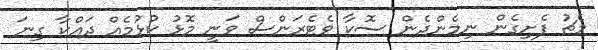
މެޗު ފެށިގެން ނިމެންދެން ސޮކާ ވެޓެރަންސް ވަނީ މޮޅު ކުޅުމެއް ދައްކާ ގިނަ